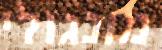
מונגולי